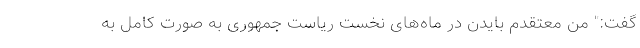
گفت:" من معتقدم بایدن در ماه‌های نخست ریاست جمهوری به صورت کامل به